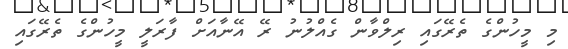
މި މީހުންގެ ތެރޭގައި ރިލްވާން ގެއްލުނު ރޭ އޭނާއަށް ފާރަލީ މީހުންގެ ތެރޭގައި